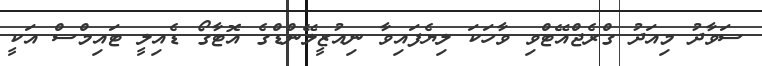
ސަވާދު މިއަދު ގްރެޖްއޭޓްވި ވާހަކަ ލިޔެފައިވާ ނިއުޒީލޭންޑްގެ އޮޓާގޯ ޑެއިލީ ޓައިމްސް އަކީ